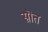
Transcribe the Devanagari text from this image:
स्रॊत